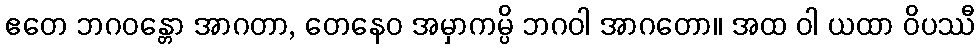
ဧတေ ဘဂဝန္တော အာဂတာ, တေနေဝ အမှာကမ္ပိ ဘဂဝါ အာဂတော။ အထ ဝါ ယထာ ဝိပဿီ